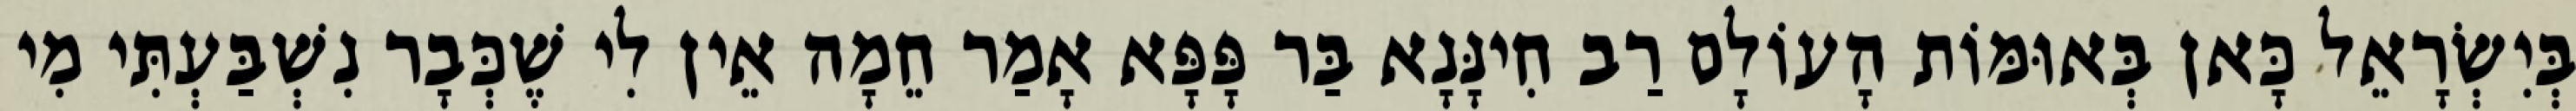
בְּיִשְׂרָאֵל כָּאן בְּאוּמּוֹת הָעוֹלָם רַב חִינָּנָא בַּר פָּפָּא אָמַר חֵמָה אֵין לִי שֶׁכְּבָר נִשְׁבַּעְתִּי מִי